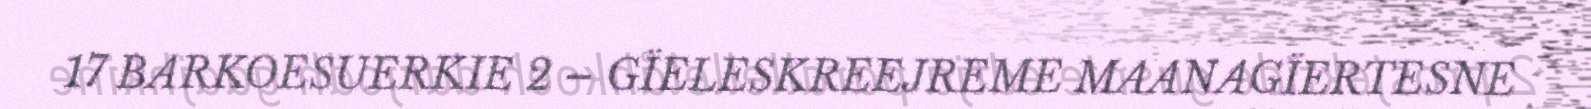
17 BARKOESUERKIE 2 – GÏELESKREEJREME MAANAGÏERTESNE